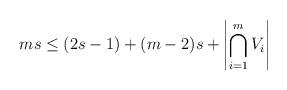
LaTeX: \begin{align*}ms \le (2s-1) + (m-2)s + \left|\bigcap_{i=1}^m{V_i}\right|\end{align*}